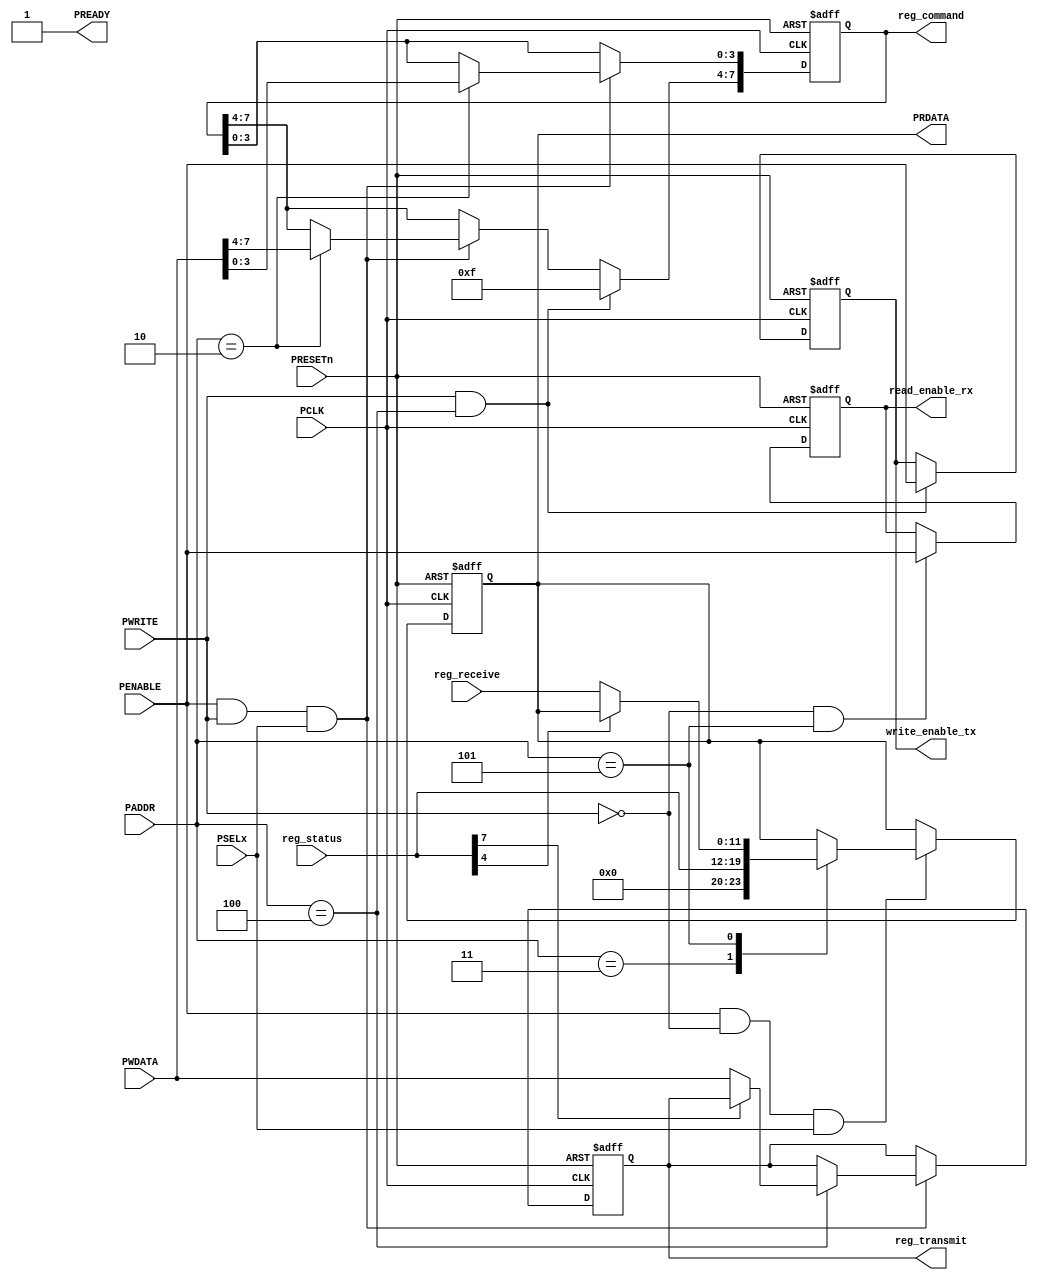
module apb_slave 
	#(parameter ADDRESSWIDTH= 3,
	parameter DATAWIDTH= 12)

	(
	input PCLK,
	input PRESETn,
	input [ADDRESSWIDTH-1:0]PADDR,
	input [DATAWIDTH-1:0] PWDATA,
	input PWRITE,
	input PSELx,
	input PENABLE,
	output reg [DATAWIDTH-1:0] PRDATA,
	output reg PREADY = 1,

	//register
	input [7:0] reg_status,  //read_empty, write_full
	output reg [7:0] reg_command, //write_reset_n, read_reset_n, i2c_enable
	output reg [11:0] reg_transmit, //i2c_data_in
	input [11:0] reg_receive, 
	//output control fifo tx
	output reg write_enable_tx,
	output reg read_enable_rx
	
	);
	//	reg_command(2)		reg_trasmit(4)	reg_status(3)	reg_pres(6)		reg_receive(5)
	//7	write_reset_n_tx	data_to_fifo	tx_full		address i2c_slave	data_i2c_out
	//6	read_reset_n_tx				tx_empty
	//5	write_reset_n_rx			rx_full
	//4	read_reset_n_rx				rx_empty
	//3						
	//2	
	//1	
	//0
	always @(posedge PCLK or negedge PRESETn) begin
 		if(!PRESETn) begin
			PRDATA <= 0;
			reg_command <= 0;
			reg_transmit <= 0; 
			write_enable_tx <= 0;
			read_enable_rx <= 0;
		end
		else begin
			if (PENABLE & PWRITE & PSELx) begin
				case (PADDR)
					2: reg_command <= PWDATA;
					4: begin
						if(!reg_status[7]) begin	
							reg_transmit <= PWDATA;
						end
						
					end
				endcase
			end

			if (PWRITE & PADDR == 4) begin
				write_enable_tx <= PENABLE;
				reg_command[7:4] <= 4'b1111;
			end

			if(PENABLE & !PWRITE & PSELx) begin
				case (PADDR)
					3: PRDATA <= reg_status;
					5: begin 
						if(!reg_status[4]) begin
							PRDATA <= reg_receive;
						end
					end
				endcase
			end

			if (!PWRITE & PADDR == 5) read_enable_rx <= PENABLE;
		end
	end
endmodule